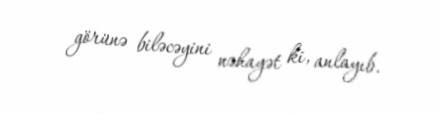
görünə biləcəyini nəhayət ki, anlayıb.